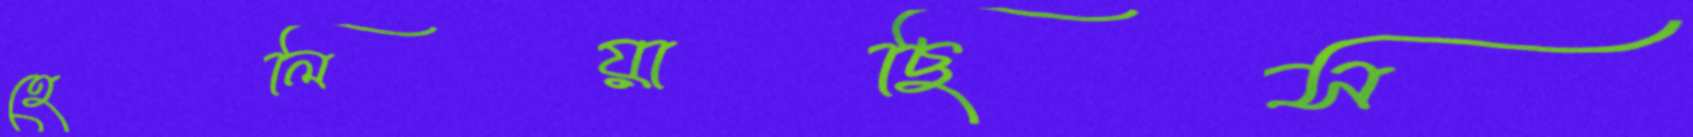
হেলিয়াছিস